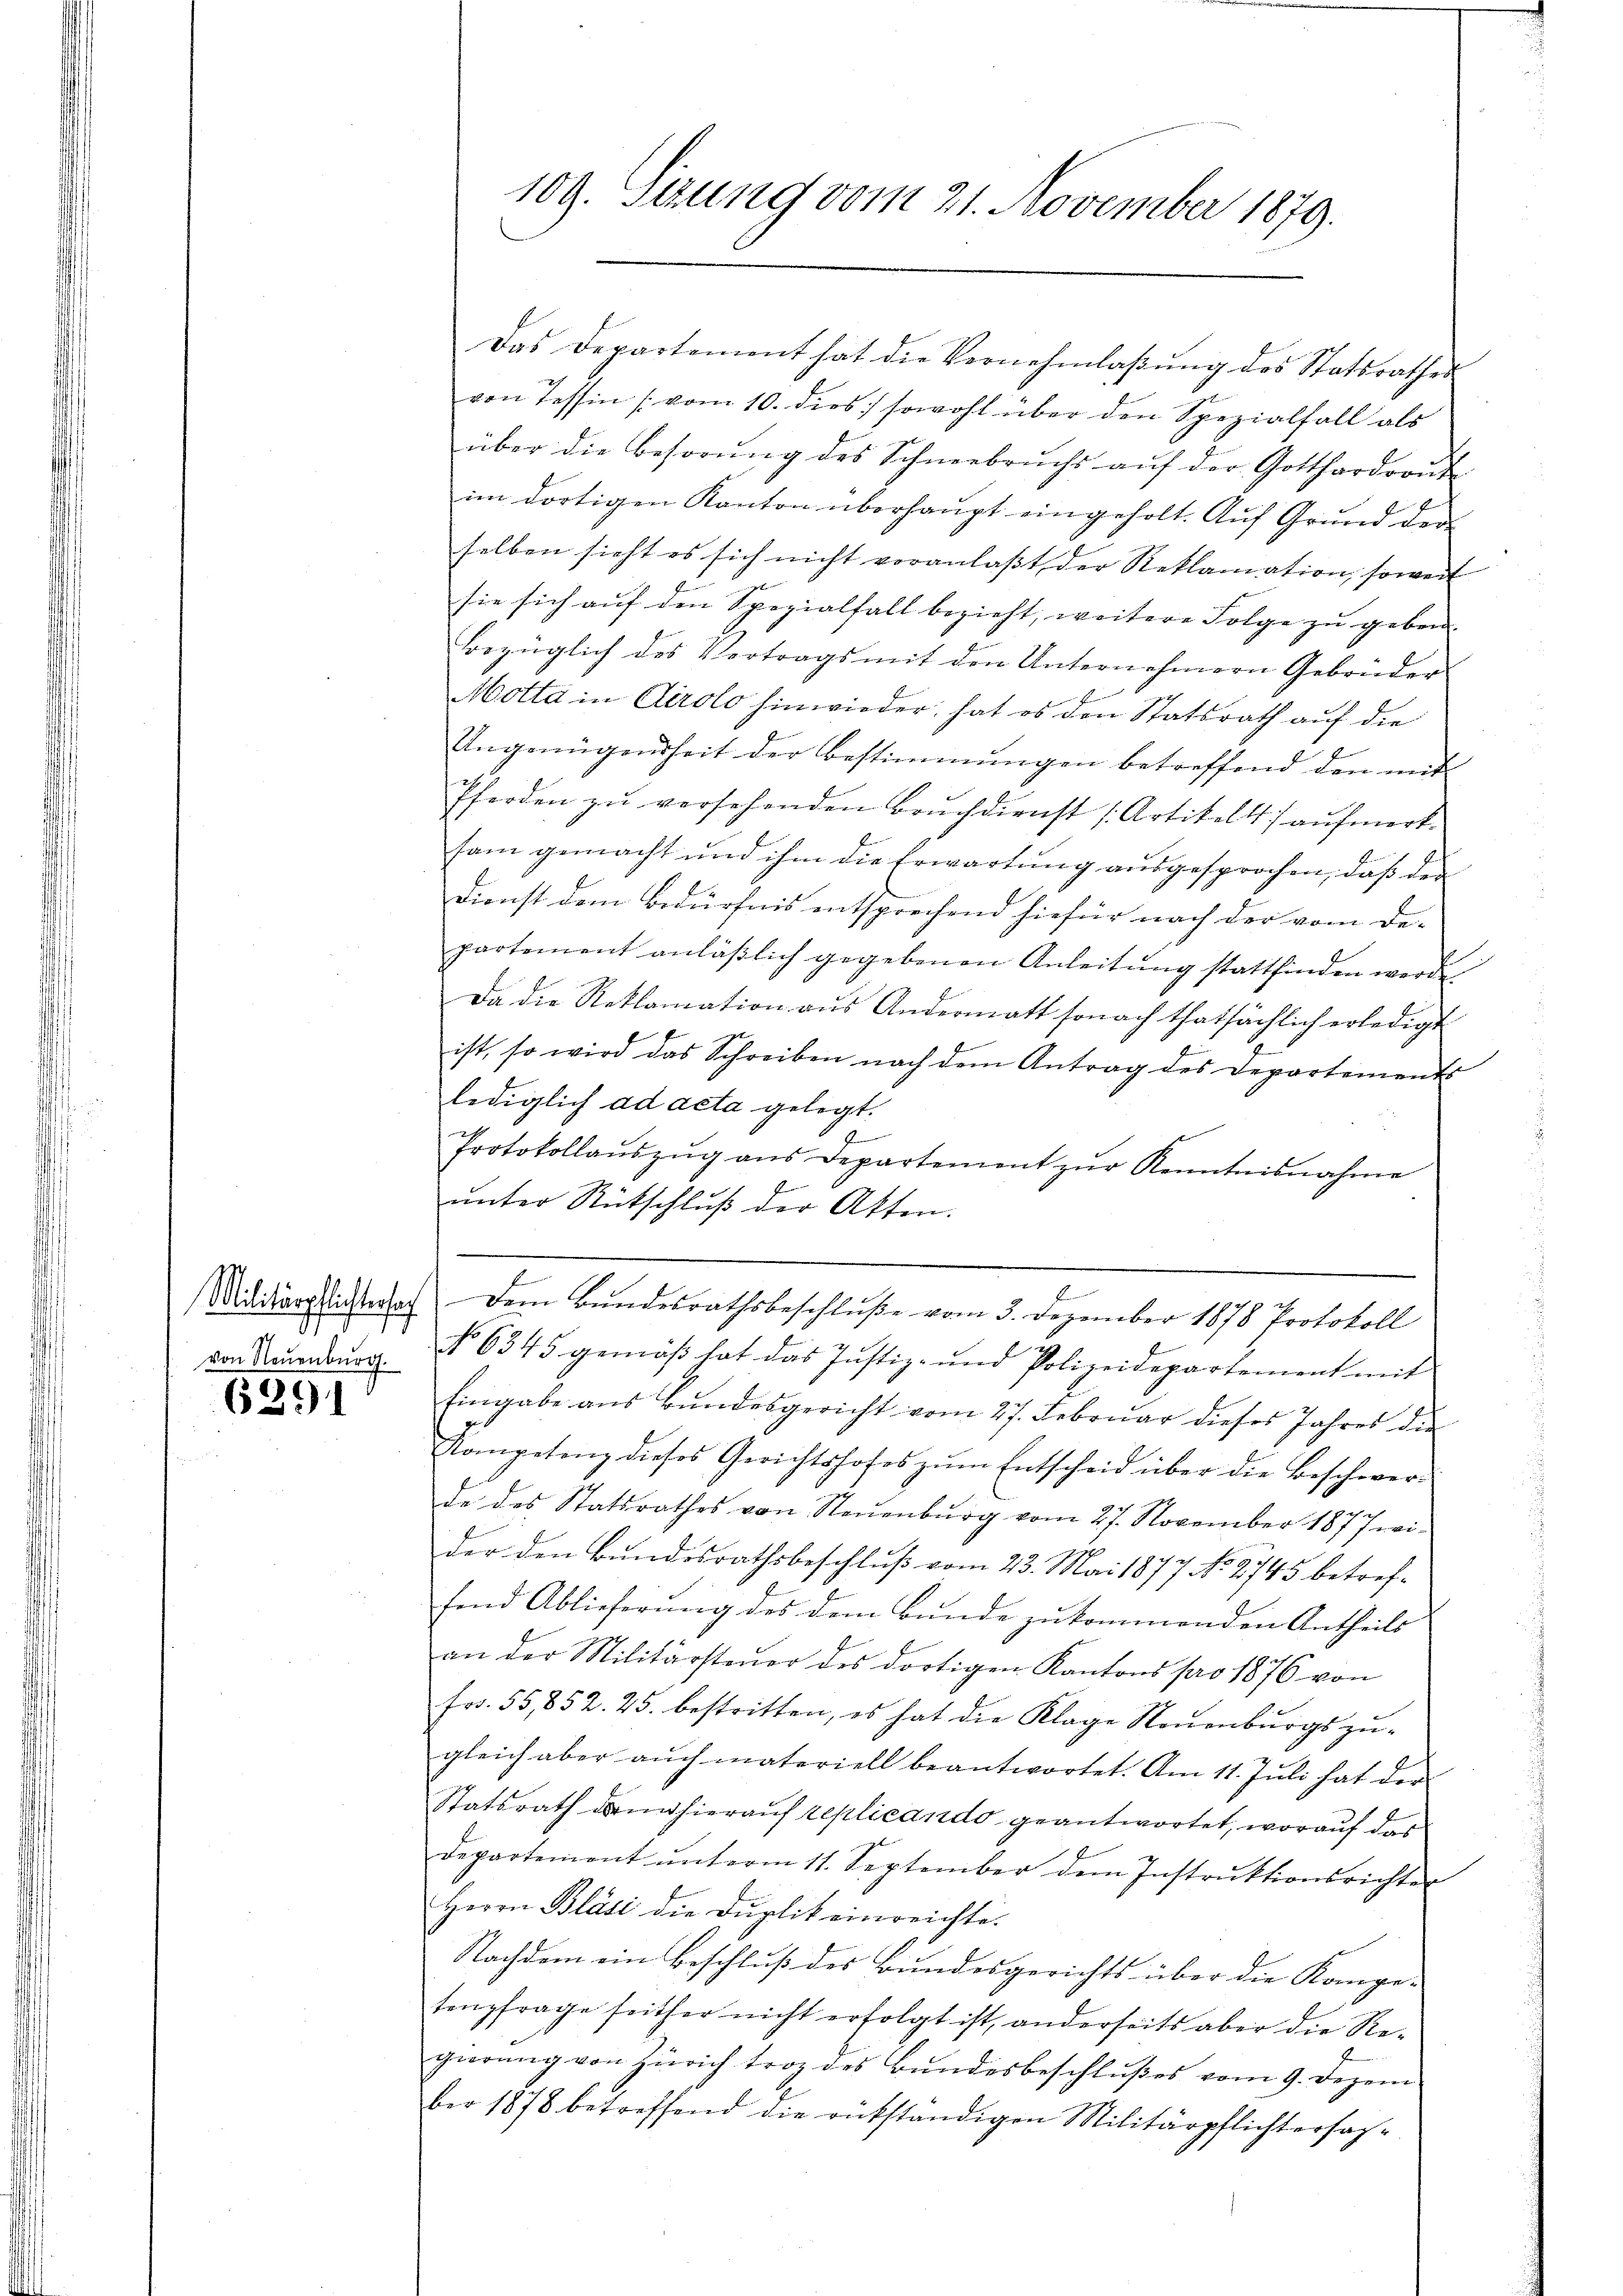
g
von Neuenburg.

6391

Das Departement hat die Vernehmlaβŭng des Statsrathes
von Tessin [vom 10. dies] sowohl über den Spezialfall als
über die Besorŭng des Schneebrŭchs aŭf der Gotthardront
im dortigen Kanton überhaupt eingeholt. Auf Grund der
selben sieht es sich nicht voranlaßt der Reklamation, soweit
sie sich auf den Spezialfall bezieht, weitere Folge zu geben.
Bezüglich des Vortrags mit den Unternehmern Gebrüder
Motta in Airolo hinwieder, hat es den Statsrath auf die
Ungenügenheit der Bestimmungen betreffend den mit
Pferden zŭ versehenden Brŭchdienst (Artikelst aŭfmerk-
sam gemacht und ihm die Erwartung ausgesprochen, daß der
Dienst dem Bedürfnis entsprechend hiefür nach der vom De-
partement anläβlich gegebenen Anleitŭng stattfinden werde
Da die Reklamation aus Andermatt sonach thatsächlich erledigt
ist, so wird das Schreiben nach dem Antrag des Departements
lediglich ad acta gelegt.
2
Protokollaŭszŭg ans Departement zŭr Kenntnisnahme
ŭnter Rütschlŭβ der Atten.
e
Mididierstadtrat dem Bŭndesrathsbeschlŭβe vom 3. Dezember 1878 Protokoll
No 6345 gemäß hat das Justiz- und Polizeidepartement mit
Eingabe aus Bundesgericht vom 27. Februar dieses Jahres die
Kompetenz dieses Gerichtshofes zŭm Entscheid über die Beschwer-
de des Statsrathes von Steŭenbŭrg vom 27. November 1877 wi-
der den Bundesrathsbeschluß vom 23. Mai 1877 No 2745 betreffend Ablieferung des dem Bunde zukommenden Antheils
ep
an der Militärsteŭer des dortigen Kantons pro 1876 von
frs. 55,852. 25. bestritten, es hat die Klage Nouenburgs zugleich aber aŭch materiell beantwortet. Am 11. Jŭli hat der
Statsrath dann hierauf replicando geantwortet, worauf das
departement ŭnterm 11. September dem Instrŭktionsrichter
Herrn Bläsi die Duplik einreichte.
Nachdem ein Beschluß des Bundesgerichts über die Kompe-
tenzfrage seither nicht erfolgt ist, anderseits aber die Regierŭng von Zürich troz des Bŭndesbeschlŭβes vom 9. Dezem
ber 1878 betreffend die rückständigen Militärpflichtersach-

109. Sizung vom 21. November 1879.